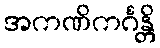
အကဏိကင်္ဂန္တိ